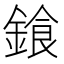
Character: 𨩭